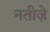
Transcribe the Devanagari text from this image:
नतीज़े